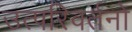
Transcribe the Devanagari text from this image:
उत्परिवर्तनो